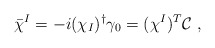
\begin{align*}\bar \chi ^I=-i(\chi _I)^\dagger \gamma _0=(\chi ^I)^T{\cal C} \ ,\end{align*}